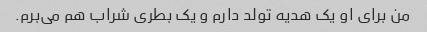
من برای او یک هدیه تولد دارم و یک بطری شراب هم می‌برم.